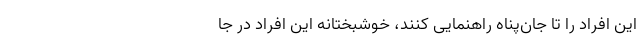
این افراد را تا جان‌پناه راهنمایی کنند، خوشبختانه این افراد در جا